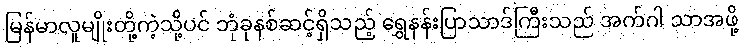
မြန်မာလူမျိုးတို့ကဲ့သို့ပင် ဘုံခုနစ်ဆင့်ရှိသည့် ရွှေနန်းပြာသာဒ်ကြီးသည် အက်ဂါ သာအဖို့